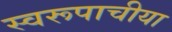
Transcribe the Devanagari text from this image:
स्वरूपाचीया